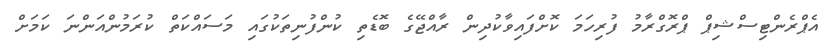
އެޕްރެންޓިސްޝިޕް ޕްރޮގްރާމު ފުރިހަމަ ކޮށްފައިވާކުދިން ރާއްޖޭގެ ބޮޑެތި ކުންފުނިތަކުގައި މަސައްކަތް ކުރަމުންއަންނަ ކަމަށް